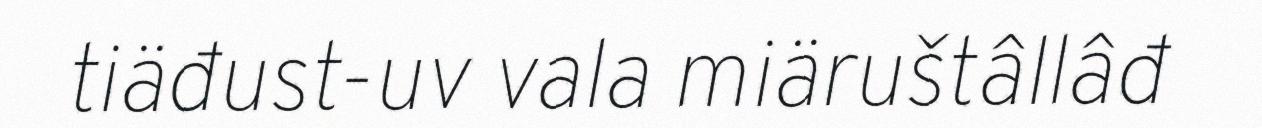
tiäđust-uv vala miäruštâllâđ